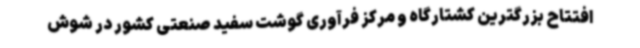
افتتاح بزرگترین کشتارگاه و مرکز فرآوری گوشت سفید صنعتی کشور در شوش